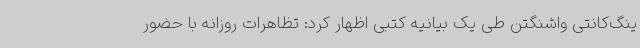
ینگ‌کانتی واشنگتن طی یک بیانیه کتبی اظهار کرد: تظاهرات روزانه با حضور